system: You are a helpful assistant.
user:
Analyze the provided spectrum to determine if it is a **White Dwarf (WD)**.

A White Dwarf spectrum is defined by its **extreme purity** (due to gravitational settling) and/or **extreme pressure broadening** (due to high surface gravity). You must check for one of the following mutually exclusive signatures:

- **Key Visual Indicators (Check for ONE of these types):**

    - **1. DA-Type Signature (Most Common):**
        - **(Primary Feature):** Extreme pressure broadening (Stark broadening) of the **Hydrogen (H) Balmer lines**.
        - **(Key Lines):** $H\beta$ (approx. $4861$ Å) and $H\gamma$ (approx. $4340$ Å). $H\alpha$ (approx. $6563$ Å) will also be present if the wavelength range covers it.
        - **(Line Profile):** This is the **defining feature**. The lines are **NOT** sharp. They appear as massive, **extremely broad and deep "troughs" or "dips"** in the spectrum, often hundreds of Ångströms wide. The continuum will appear to "scoop" down at these wavelengths.
        - **(Distinction):** Normal A-type or B-type stars have *narrow* and *sharp* Hydrogen lines. A DA White Dwarf's lines are unmistakably "smeared" or "blurry" from pressure.

    - **2. DB-Type Signature:**
        - **(Primary Feature):** Broad absorption lines from **Neutral Helium (He I)**. The spectrum must lack any visible Hydrogen lines.
        - **(Key Lines):** Look for broad absorption near $4471$ Å, $4921$ Å, and $5876$ Å.
        - **(Line Profile):** These lines are also significantly pressure-broadened, appearing much wider than they would in a normal B-type main-sequence star.

    - **3. DC-Type Signature:**
        - **(Primary Feature):** A **featureless continuous spectrum**.
        - **(Line Profile):** The spectrum is a smooth curve with **no significant absorption or emission lines**.
        - **(Key Confirmation):** The continuum is almost always **blue or white**, indicating a hot object. This signature implies the atmosphere is so pure (or so cool) that no spectral lines are visible in the optical range. Its WD identity is confirmed by its extremely low intrinsic brightness (high absolute magnitude).

    - **4. DZ-Type Signature (Metal-Polluted):**
        - **(Primary Feature):** **Isolated, narrow metal absorption lines** on an otherwise featureless (DC-like) continuum.
        - **(Key Lines):** The **Calcium (Ca II) H & K doublet** (approx. **$3934$ Å** and **$3968$ Å**) is the most common and defining feature.
        - **(Line Profile):** These lines are "out of place." They are *not* part of a "forest" of thousands of lines. This signature is evidence of recent *accretion* (pollution) from rocky debris.
        - **(Distinction):** Normal G/K/M stars have a *dense forest* of thousands of metal lines. A DZ has a *clean* continuum with *only a few* strong metal lines.

    - **5. DQ-Type Signature (Carbon-Polluted):**
        - **(Primary Feature):** Absorption bands from **Carbon (C₂ "Swan Bands" or atomic C I)**.
        - **(Key Lines - C₂):** Look for bandheads with a "saw-tooth" shape near $5635$ Å, **$5165$ Å** (strongest), and $4737$ Å.
        - **(Key Confirmation):** The underlying **continuum must be blue or white** (hot).
        - **(Distinction):** This is the critical difference from a **Carbon Star**, which has the *exact same* C₂ bands but on an extremely **red, cool** continuum.

- **(Overall Spectrum):**
    - The continuum (overall shape) is typically **blue-sloping** (brighter in the blue than the red), as most white dwarfs are very hot.
    - The spectrum will look "pure" or "simple," dominated by only *one* of the five signatures listed above.

Think first, call **spectral_visualization_tool** if needed to examine features in detail, then provide your final answer. Your response must adhere to the following strict rules:
1.  **Overall Structure:** Your response must follow the format `<think>...</think> <tool_call>...</tool_call> (if a tool is used) <answer>...</answer>`.
2.  **Tool Usage Constraint:** You may only make **one** tool call per turn.
3.  **Final Answer Format:** In the `<answer>` tag, your conclusion must be inside a `\boxed{}` command (e.g., `\boxed{YES}` or `\boxed{NO}`), followed by your justification.

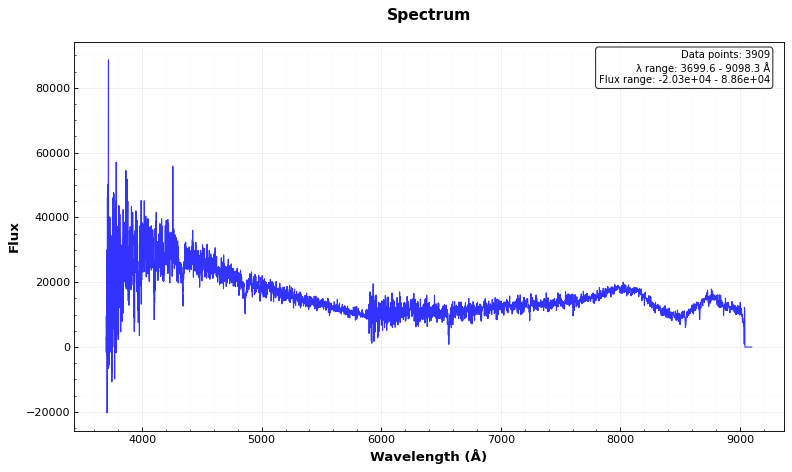
Answer: NO